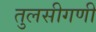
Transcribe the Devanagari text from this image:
तुलसीगणी